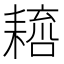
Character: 𦔑